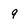
Character: 9